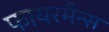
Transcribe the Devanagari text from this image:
फायरमैन्स